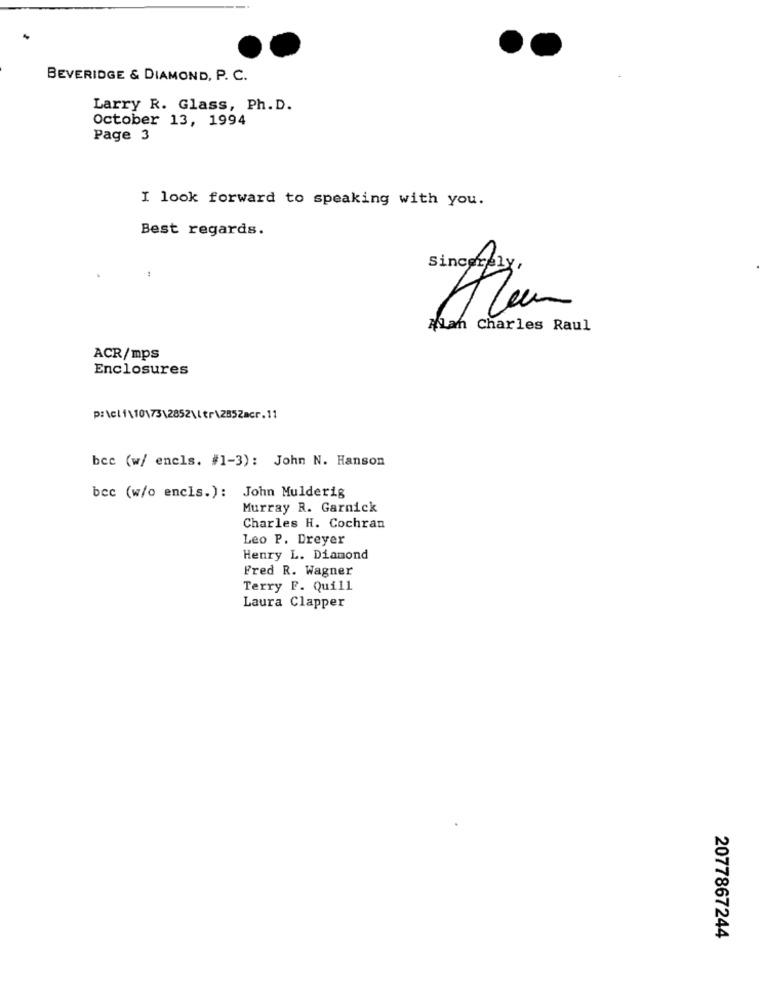
BEVERIDGE & DIAMOND, P. C.
Larry R. Glass, Ph. D.
October 13, 1994
Page 3
I look forward to speaking with you.
Best regards.
Sincerely
Alan Charles Raul
ACR/mps
Enclosures
bcc (w/ enels. #1-3): John N. Hanson
bcc (w/o encls.): John Mulderig
Murray R. Garnick
Charles H. Cochran
Leo P. Dreyer
Henry L. Diamond
Fred R. Wagner
Terry F. Quill
Laura Clapper
2077867244